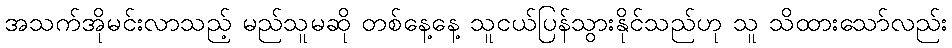
အသက်အိုမင်းလာသည့် မည်သူမဆို တစ်နေ့နေ့ သူငယ်ပြန်သွားနိုင်သည်ဟု သူ သိထားသော်လည်း